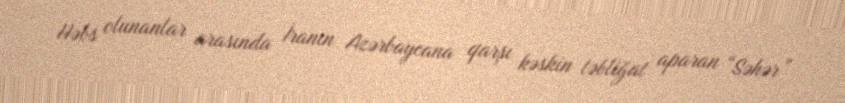
Həbs olunanlar arasında İranın Azərbaycana qarşı kəskin təbliğat aparan “Səhər”